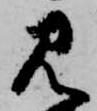
見